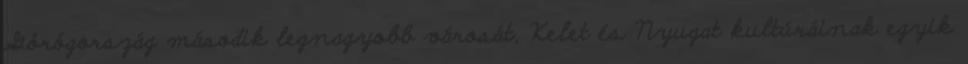
Görögország második legnagyobb városát, Kelet és Nyugat kultúráinak egyik